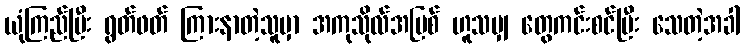
ယုံကြည်ပြီး ရွတ်ဖတ် ကြားနာတဲ့သူမှာ အကုသိုလ်အပြစ် ဟူသမျှ တွေကင်းစင်ပြီး သေတဲ့အခါ